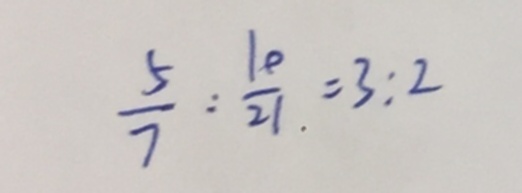
\frac { 5 } { 7 } : \frac { 1 0 } { 2 1 } = 3 : 2